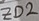
Text: ZD2